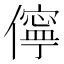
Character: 儜